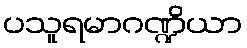
ပသူရမာဂဏ္ဍိယာ